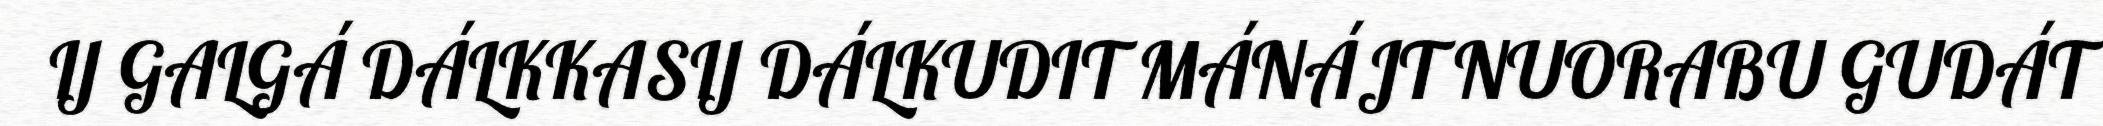
IJ GALGÁ DÁLKKASIJ DÁLKUDIT MÁNÁJT NUORABU GUDÁT